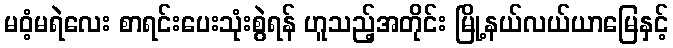
မဝံ့မရဲလေး စာရင်းပေးသုံးစွဲရန် ဟူသည့်အတိုင်း မြို့နယ်လယ်ယာမြေနှင့်